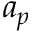
a _ { p }